Civil Veterinary Department Bihar reports 1936-40 - 1936-1940
Year: 1936
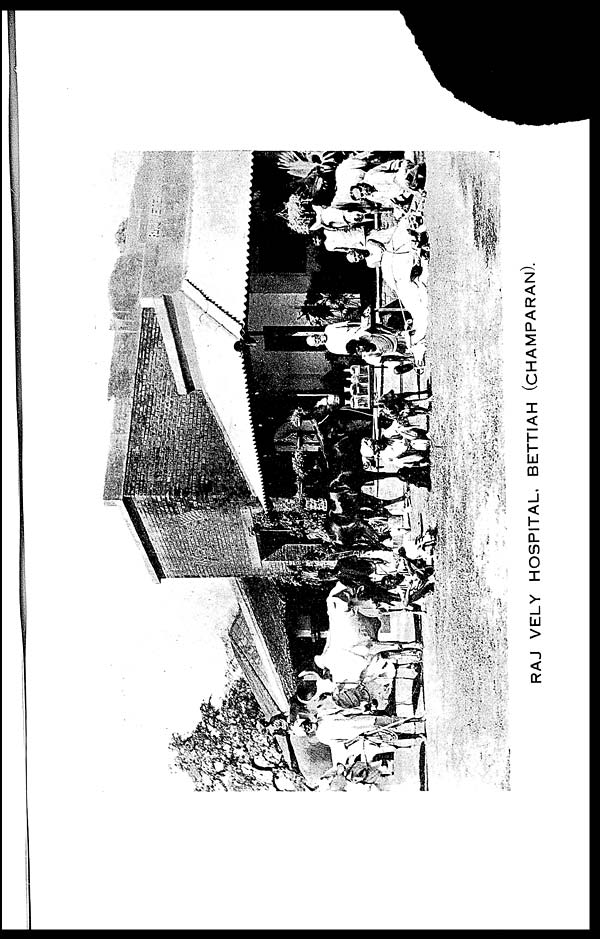
RAJ VELY HOSPITAL, BETTIAH (CHAMPARAN).